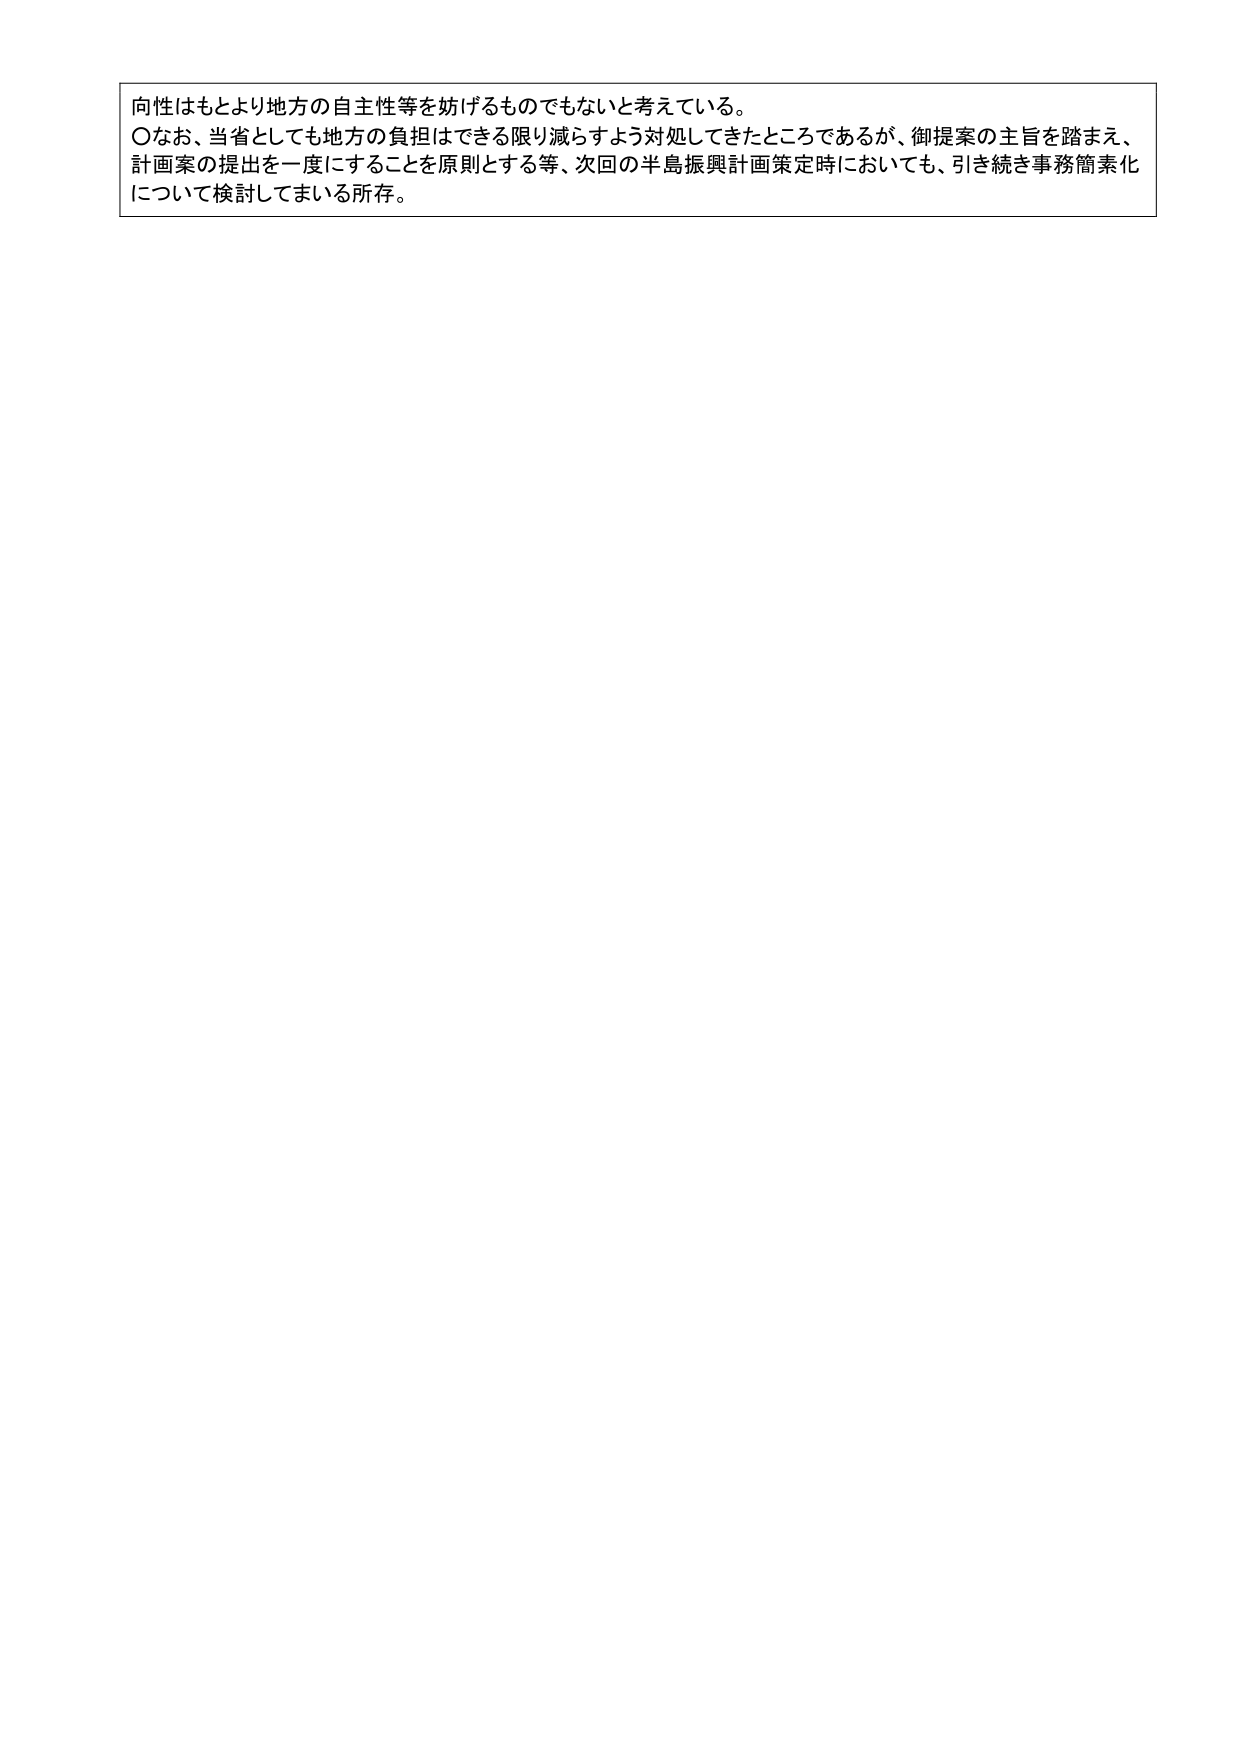
向性はもとより地方の自主性等を妨げるものでもないと考えている。
〇なお、当省としても地方の負担はできる限り減らすよう対処してきたところであるが、御提案の主旨を踏まえ、
計画案の提出を一度にすることを原則とする等、次回の半島振興計画策定時においても、引き続き事務簡素化
について検討してまいる所存。